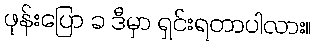
ဖုန်းပြော ခ ဒီမှာ ရှင်းရတာပါလား။